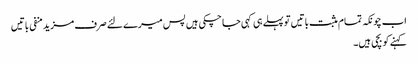
اب چونکہ تمام مثبت باتیں تو پہلے ہی کہی جا چکی ہیں پس میرے لئے صرف مزید منفی باتیں
کہنے کو بچی ہیں۔